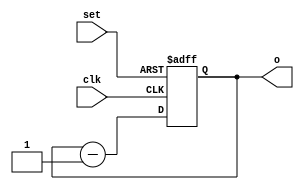
module _4bitDown(
  input wire clk, set, // wire = physical connection, reg = memory element
  output wire [3:0] o
);
  wire [3:0] i_temp;
  reg [3:0] o_temp;
  always @(posedge clk, posedge set)
  begin
    if (set)
      o_temp <= 4'b1111;
    else
      o_temp <= i_temp;
  end
  assign i_temp = o_temp - 1;
  assign o = o_temp;

endmodule